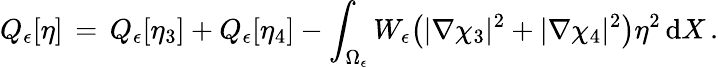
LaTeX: Q_{\epsilon}[\eta]\, =\, Q_{\epsilon}[\eta_{3}]+Q_{\epsilon}[\eta_{4}]-\int_{\Omega_{\epsilon}}W_{\epsilon}\bigl(|\nabla\chi_{3}|^{2}+|\nabla\chi_{4}|^{2}\bigr)\eta^{2}\, \mathrm{d}X\, .